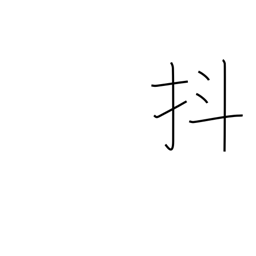
Meaning: jiggle